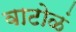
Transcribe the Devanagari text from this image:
वाटोळं